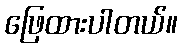
ဖြေထားပါတယ်။